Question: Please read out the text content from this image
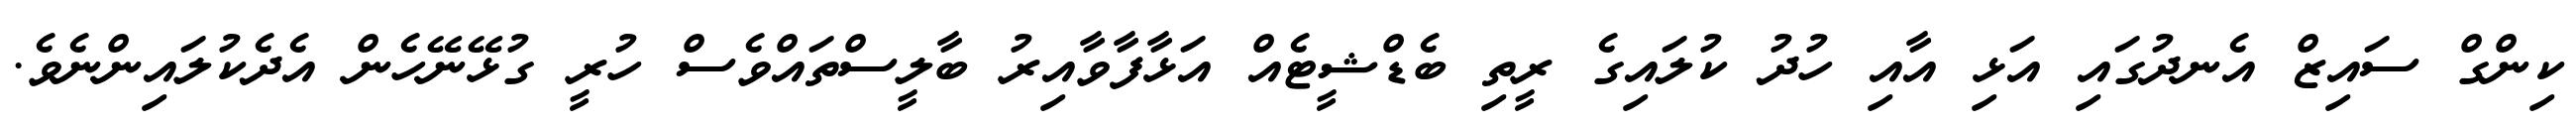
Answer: ކިންގް ސައިޒް އެނދުގައި އަޅި އާއި ހުދު ކުލައިގެ ރީތި ބެޑްޝީޓެއް އަޅާފާވާއިރު ބާލީސްތައްވެސް ހުރީ ގުޅޭނޭހެން އެދެކުލައިންނެވެ.